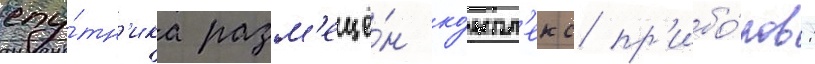
спу́тн'ика разм'ещё́н ко́мпл'екс пр'ибо́ров: